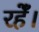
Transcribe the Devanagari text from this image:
रहेँ।